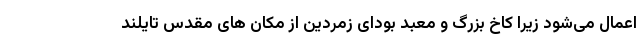
اعمال می‌شود زیرا کاخ بزرگ و معبد بودای زمردین از مکان های مقدس تایلند